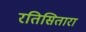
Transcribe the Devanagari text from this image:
रतिसितारा